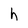
Character: h